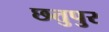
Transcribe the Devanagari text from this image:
छतुपुर